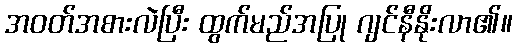
အဝတ်အစားလဲပြီး ထွက်မည်အပြု ဂျင်နီနိုးလာ၏။